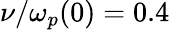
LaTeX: \nu/\omega_{p}(0)=0.4